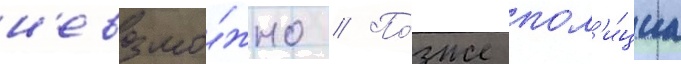
н'евозмо́жно // По́зже пол'и́циа